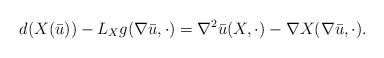
\begin{align*} d(X( \bar u)) - L_X g (\nabla \bar u ,\cdot )&= \nabla^2 \bar u (X, \cdot ) - \nabla X (\nabla \bar u,\cdot).\end{align*}